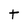
Character: t